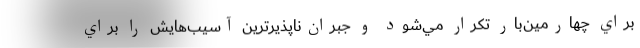
براي چهارمين‌بار تكرار مي‌شود و جبران‌ناپذيرترين آسيب‌هايش را براي